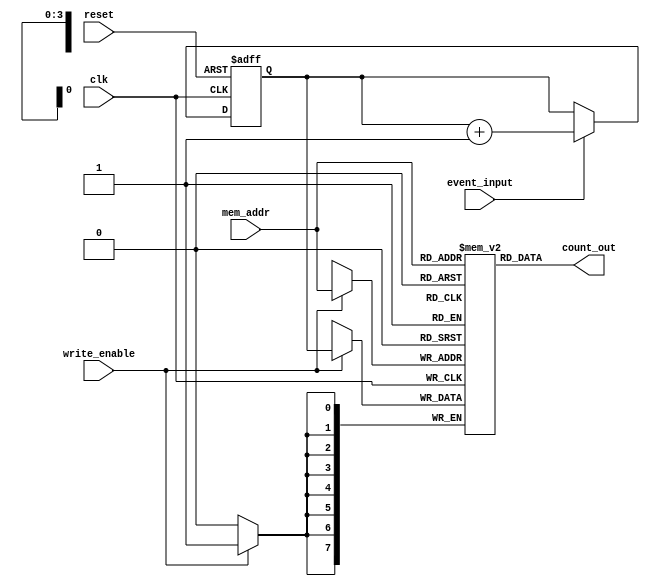
module MemoryBlocksDigitalEventCounter #(
    parameter N_BITS = 8,      // Bit-width of the counter
    parameter MEM_SIZE = 16     // Number of memory blocks
)(
    input wire clk,            // Clock input
    input wire reset,          // Asynchronous reset
    input wire event_input,    // Input event signal
    input wire write_enable,    // Write enable signal
    input wire [3:0] mem_addr, // Memory address for write/read
    output reg [N_BITS-1:0] count_out // Output for current count
);

    // Counter
    reg [N_BITS-1:0] event_counter; // Event counter

    // Memory blocks for storing event counts
    reg [N_BITS-1:0] memory [0:MEM_SIZE-1]; // Memory array

    // Synchronous logic for counting events
    always @(posedge clk or posedge reset) begin
        if (reset) begin
            event_counter <= 0; // Reset counter
        end else begin
            if (event_input) begin
                event_counter <= event_counter + 1; // Increment counter
            end
        end
    end

    // Write to memory
    always @(posedge clk) begin
        if (write_enable) begin
            memory[mem_addr] <= event_counter; // Store count in memory
        end
    end

    // Output the current count (for reading from memory, we can implement a read logic)
    always @(*) begin
        count_out = memory[mem_addr]; // Output the count from the specified memory block
    end

endmodule